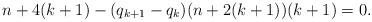
LaTeX: \begin{align*}n+4(k+1) - (q_{k+1}-q_k)(n+2(k+1))(k+1)=0.\end{align*}